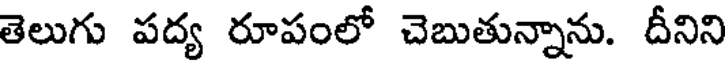
తెలుగు పద్య రూపంలో చెబుతున్నాను. దీనిని